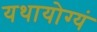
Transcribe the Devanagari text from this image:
यथायोग्यं